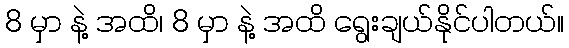
8 မှာ နဲ့ အထိ၊ 8 မှာ နဲ့ အထိ ရွေးချယ်နိုင်ပါတယ်။